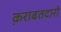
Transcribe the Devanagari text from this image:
क़राबतदारो